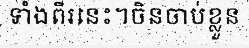
ទាំងពីរនេះ។ចិនចាប់ខ្លួន